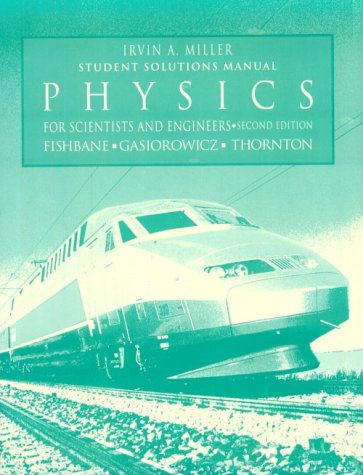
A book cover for Physics for Scientists and Engineers; Irv Miller; Science & Math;